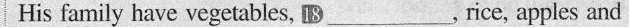
His family have vegetables, 18 ___ , rice, apples and